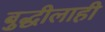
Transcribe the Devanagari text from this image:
बुद्धीलाही